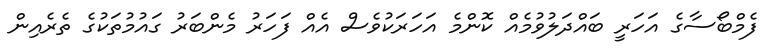
ފެމްބޯސާގެ އަހަރީ ބައްދަލުވުމެއް ކޮންމެ އަހަރަކުވެސް އެއް ފަހަރު މެންބަރު ގައުމުތަކުގެ ތެރެއިން